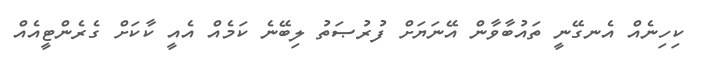
ކިހިނެއް އެނގޭނީ ތައުބާވާން އޭނަޔަށް ފުރުޞަތު ލިބޭނެ ކަމެއް އެއީ ކާކަށް ގެރެންޓީއެއް